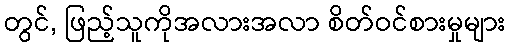
တွင်, ဖြည့်သူကိုအလားအလာ စိတ်ဝင်စားမှုများ